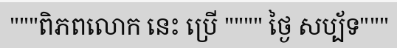
"""ពិភពលោក នេះ ប្រើ """" ថ្ងៃ សប្ប័ទ"""